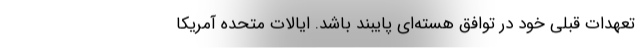
تعهدات قبلی خود در توافق هسته‌ای پایبند باشد. ایالات متحده آمریکا